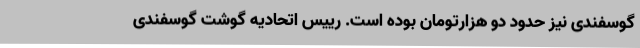
گوسفندی نیز حدود دو هزارتومان بوده است. رییس اتحادیه گوشت گوسفندی